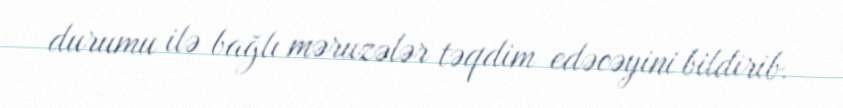
durumu ilə bağlı məruzələr təqdim edəcəyini bildirib.